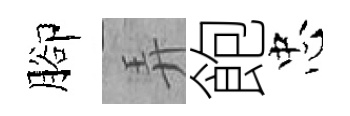
腳弄飽忠